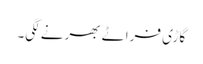
گاڑی فراٹے بھرنے لگی۔